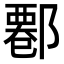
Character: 𨝍